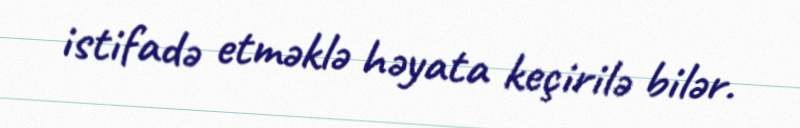
istifadə etməklə həyata keçirilə bilər.